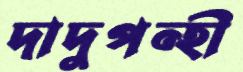
দাদুপন্হী